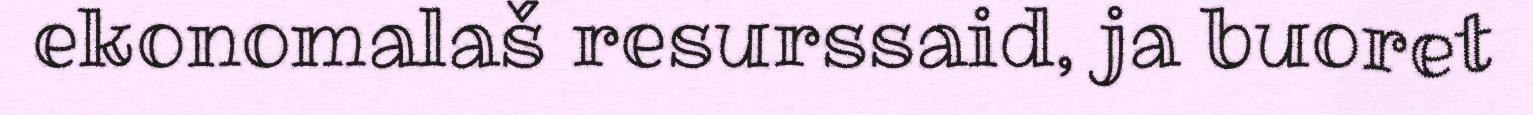
ekonomalaš resurssaid, ja buoret